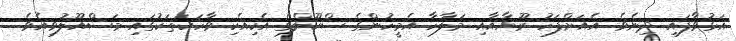
އަޅުވާފައި ދިނެވެ. އެއަށްފަހު ރޫޔާއާއި މަލާހާ އެމީހުންގެ ސްކޫލްގެ އެކިއެކި ވާހަކަތަކުގައި މަސްއޫލުވިއެވެ.